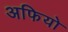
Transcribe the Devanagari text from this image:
अफियो